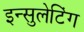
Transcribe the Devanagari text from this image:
इन्सुलेटिंग